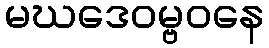
မဃဒေဝမ္ဗဝနေ